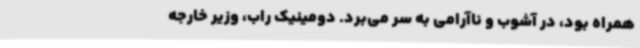
همراه بود، در آشوب و ناآرامی به سر می‌برد. دومینیک راب، وزیر خارجه